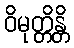
ဝိမုတ္တိန္တိ